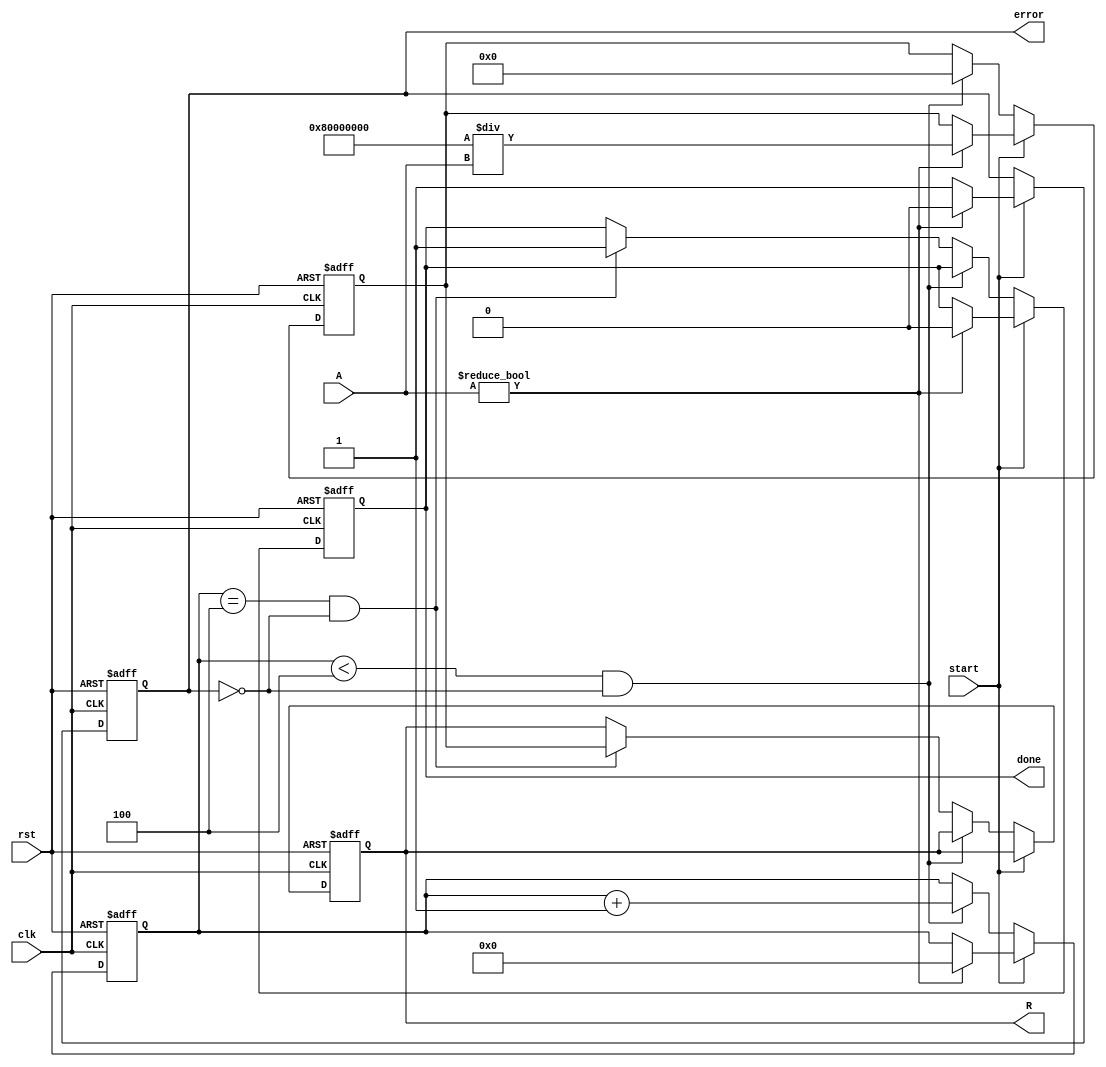
module iterative_reciprocal #(
    parameter N = 16,        // Bit-width for the input value
    parameter M = 32,        // Bit-width for the output (reciprocal)
    parameter ITERATIONS = 4 // Number of iterations for refining the estimate
)(
    input wire clk,
    input wire rst,
    input wire start,
    input wire [N-1:0] A,    // Input value (fixed-point)
    output reg [M-1:0] R,     // Output reciprocal (fixed-point)
    output reg done,          // Signal indicating computation is done
    output reg error          // Error flag for input value (e.g., zero input)
);

    reg [M-1:0] x;            // Current estimate of the reciprocal
    reg [N-1:0] A_reg;        // Registered input value
    reg [3:0] count;          // Iteration counter

    // Initial estimate for reciprocal (simple heuristic)
    function [M-1:0] initial_estimate;
        input [N-1:0] input_value;
        begin
            if (input_value != 0) begin
                initial_estimate = (1 << (M-1)) / input_value; // 1.0 in fixed-point representation
            end else begin
                initial_estimate = 0; // Return 0 for zero input
            end
        end
    endfunction

    always @(posedge clk or posedge rst) begin
        if (rst) begin
            R <= 0;
            x <= 0;
            A_reg <= 0;
            count <= 0;
            done <= 0;
            error <= 0;
        end else begin
            if (start) begin
                A_reg <= A;
                if (A != 0) begin
                    x <= initial_estimate(A); // Get initial estimate
                    count <= 0;
                    done <= 0;
                    error <= 0;
                end else begin
                    error <= 1; // Set error if input is zero
                end
            end else if (count < ITERATIONS && !error) begin
                // Iterative update using Newton-Raphson method
                x <= x * (2 ** M - x * A_reg) >> M; // Update estimate
                count <= count + 1;
            end else if (count == ITERATIONS && !error) begin
                R <= x; // Final result
                done <= 1; // Set done signal
            end
        end
    end

endmodule